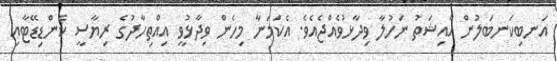
އަނބިކަނބަލުން އާއިޝަތު ނަހުލާ ވިދާޅުވެއްޖެއެވެ. އެކަމަނާ މިހެން ވިދާޅުވީ އިއްތިހާދުގެ ރިޔާސީ ކެންޑިޑޭޓާއި